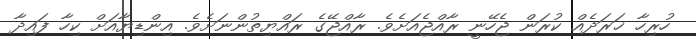
ހުރިހާ ޚަރަދެއް ކުރަން ޖެހޭނީ ރާއްޖެއަށެވެ. ރާއްޖޭގެ ރައްޔިތުންނަށެވެ. އިންޑިޔާއަށް ކިހާ ފައިދާ